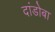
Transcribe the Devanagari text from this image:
दांडोबा